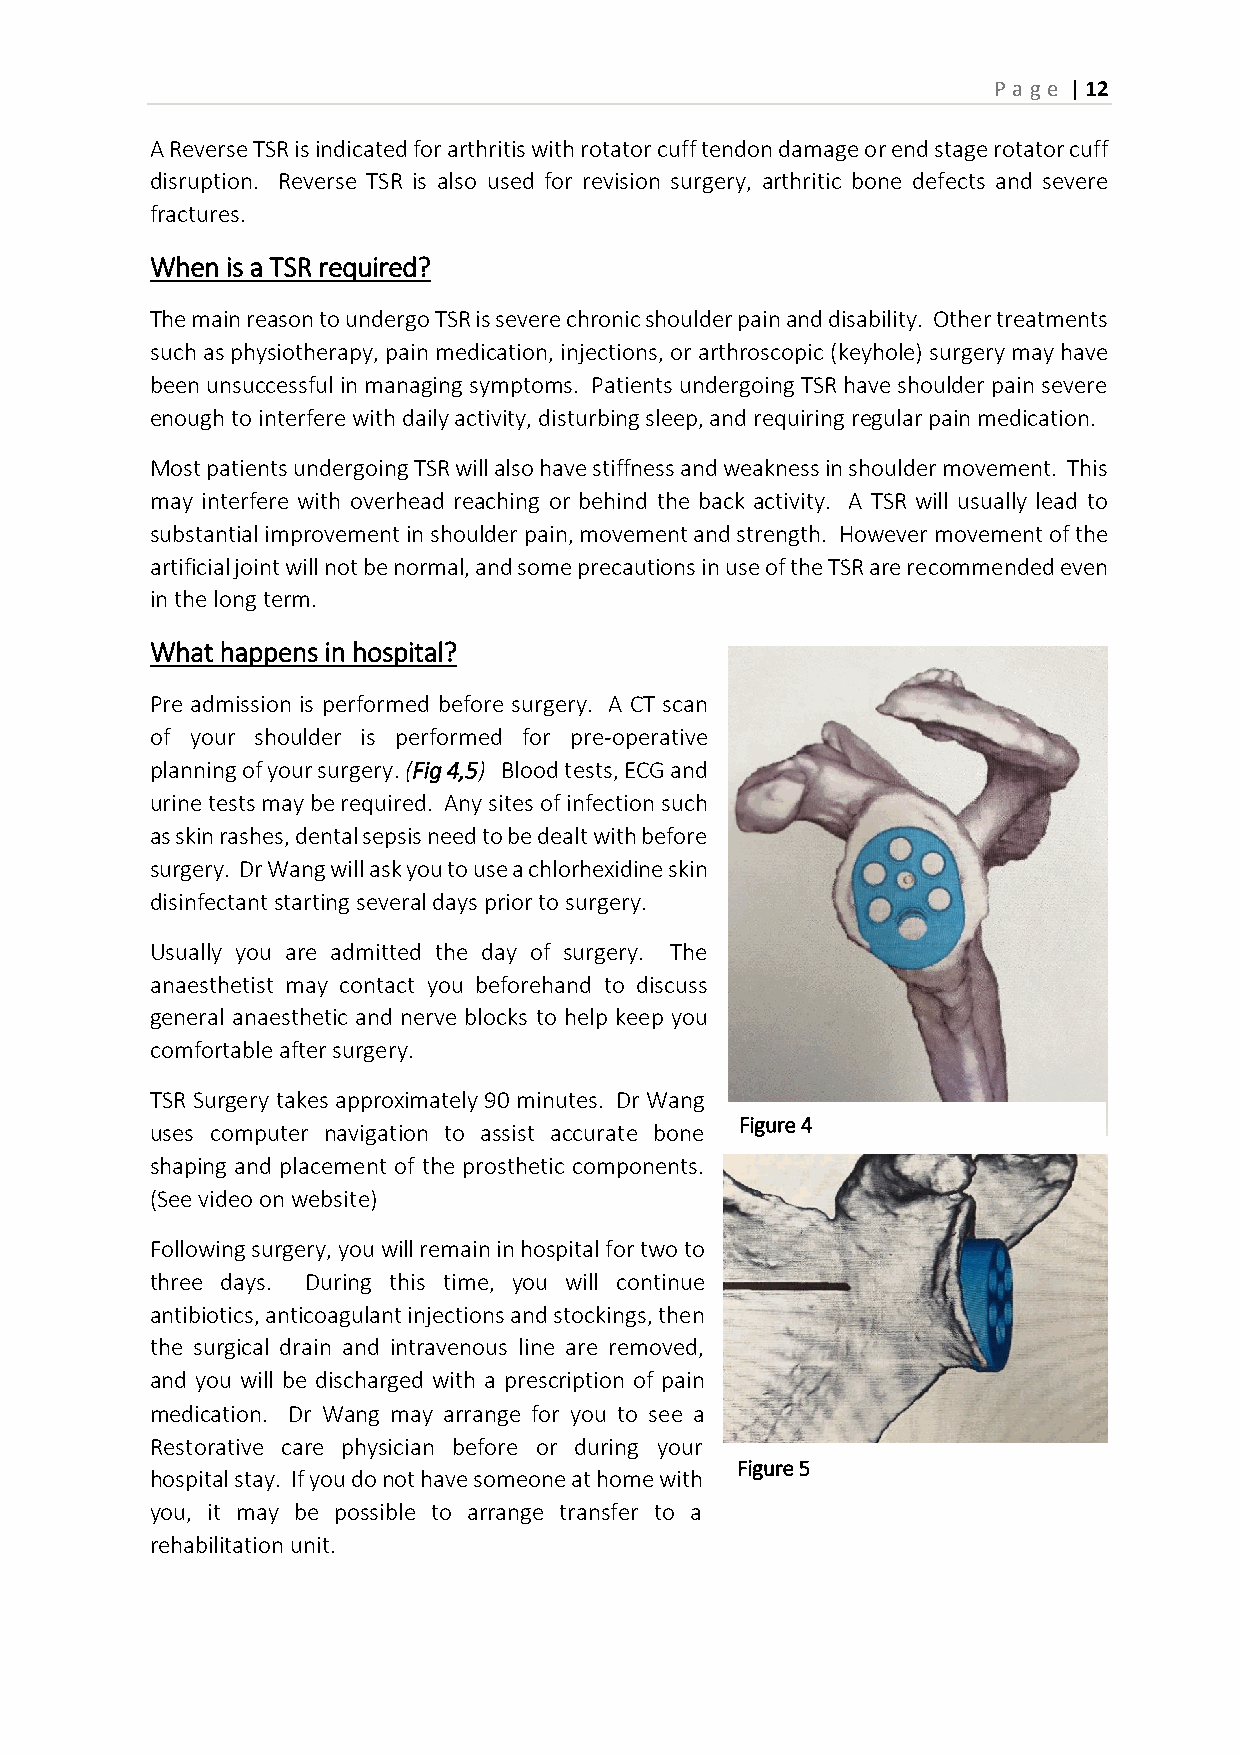
P age | 12
 A Reverse TSR is indicated for arthritis with rotator cuff tendon damage or end stage rotator cuff
 disruption. Reverse TSR is also used for revision surgery, arthritic bone defects and severe
 fractures.
 When is a TSR required?
 The main reason to undergo TSR is severe chronic shoulder pain and disability. Other treatments
 such as physiotherapy, pain medication, injections, or arthroscopic (keyhole) surgery may have
 been unsuccessful in managing symptoms. Patients undergoing TSR have shoulder pain severe
 enough to interfere with daily activity, disturbing sleep, and requiring regular pain medication.
 Most patients undergoing TSR will also have stiffness and weakness in shoulder movement. This
 may interfere with overhead reaching or behind the back activity. A TSR will usually lead to
 substantial improvement in shoulder pain, movement and strength. However movement of the
 artificial joint will not be normal, and some precautions in use of the TSR are recommended even
 in the long term.
 What happens in hospital?
 Pre admission is performed before surgery. A CT scan
 of your shoulder is performed for pre-operative
 planning of your surgery. (Fig 4,5) Blood tests, ECG and
 urine tests may be required. Any sites of infection such
 as skin rashes, dental sepsis need to be dealt with before
 surgery. Dr Wang will ask you to use a chlorhexidine skin
 disinfectant starting several days prior to surgery.
 Usually you are admitted the day of surgery. The
 anaesthetist may contact you beforehand to discuss
 general anaesthetic and nerve blocks to help keep you
 comfortable after surgery.
 TSR Surgery takes approximately 90 minutes. Dr Wang
 Figure 4
 uses computer navigation to assist accurate bone
 shaping and placement of the prosthetic components.
 (See video on website)
 Following surgery, you will remain in hospital for two to
 three days. During this time, you will continue
 antibiotics, anticoagulant injections and stockings, then
 the surgical drain and intravenous line are removed,
 and you will be discharged with a prescription of pain
 medication. Dr Wang may arrange for you to see a
 Restorative care physician before or during your
 Figure 5
 hospital stay. If you do not have someone at home with
 you, it may be possible to arrange transfer to a
 rehabilitation unit.